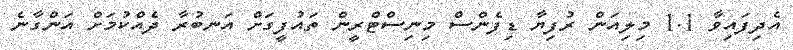
އެދިފައިވާ 1.1 މިލިއަން ރުފިޔާ ޑިފެންސް މިނިސްޓްރީން ތައުފީގަށް އަނބުރާ ދެއްކުމަށް އަންގާނެ